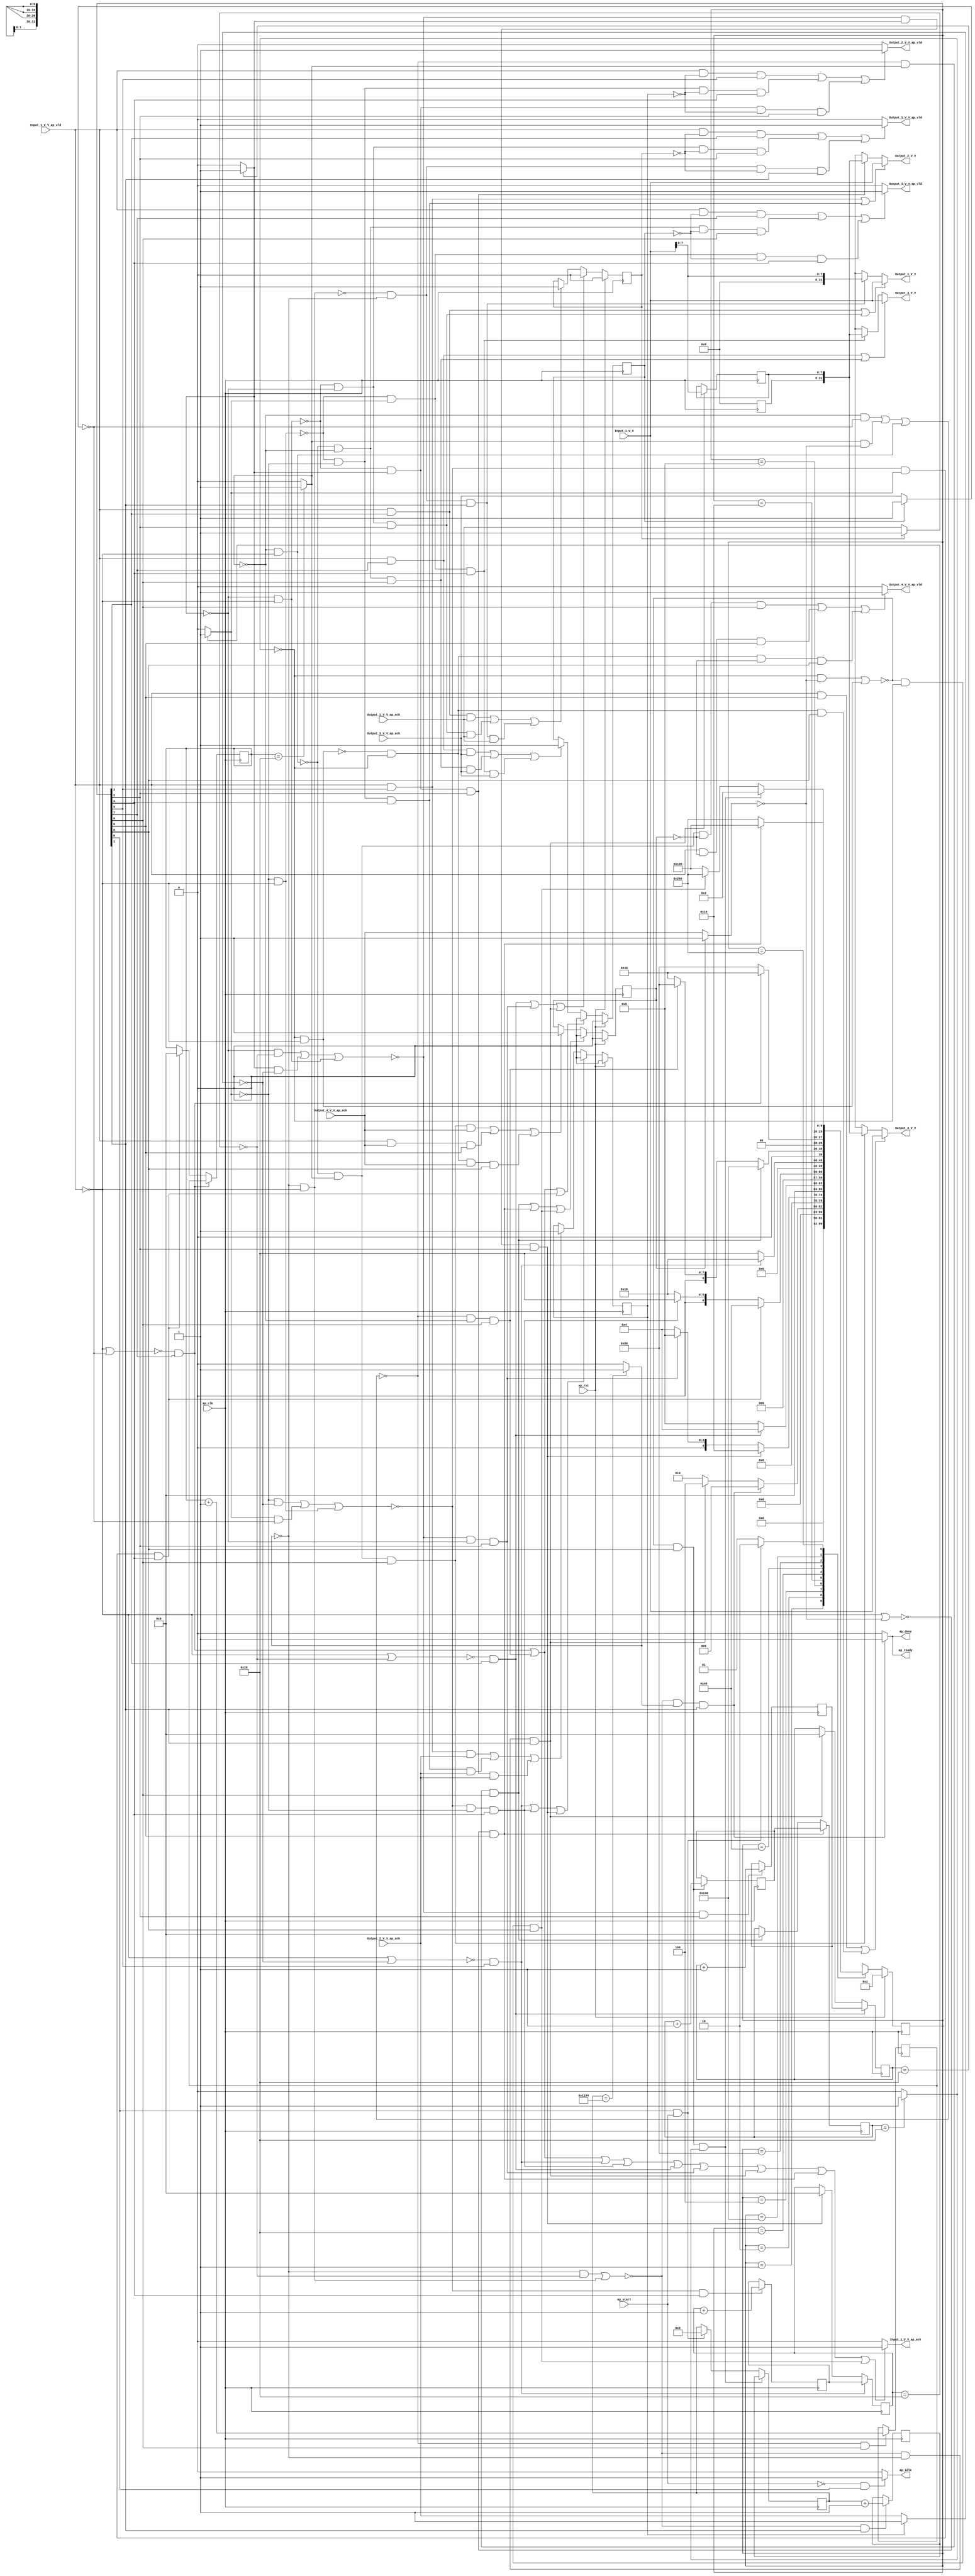
// ==============================================================
// RTL generated by Vivado(TM) HLS - High-Level Synthesis from C, C++ and SystemC
// Version: 2018.2
// Copyright (C) 1986-2018 Xilinx, Inc. All Rights Reserved.
// 
// ===========================================================

`timescale 1 ns / 1 ps 

(* CORE_GENERATION_INFO="data_1_4_2,hls_ip_2018_2,{HLS_INPUT_TYPE=cxx,HLS_INPUT_FLOAT=0,HLS_INPUT_FIXED=1,HLS_INPUT_PART=xczu9eg-ffvb1156-2-i,HLS_INPUT_CLOCK=5.000000,HLS_INPUT_ARCH=others,HLS_SYN_CLOCK=1.007125,HLS_SYN_LAT=1174501,HLS_SYN_TPT=none,HLS_SYN_MEM=0,HLS_SYN_DSP=0,HLS_SYN_FF=96,HLS_SYN_LUT=393,HLS_VERSION=2018_2}" *)

module data_1_4_2 (
        ap_clk,
        ap_rst,
        ap_start,
        ap_done,
        ap_idle,
        ap_ready,
        Input_1_V_V,
        Input_1_V_V_ap_vld,
        Input_1_V_V_ap_ack,
        Output_1_V_V,
        Output_1_V_V_ap_vld,
        Output_1_V_V_ap_ack,
        Output_2_V_V,
        Output_2_V_V_ap_vld,
        Output_2_V_V_ap_ack,
        Output_3_V_V,
        Output_3_V_V_ap_vld,
        Output_3_V_V_ap_ack,
        Output_4_V_V,
        Output_4_V_V_ap_vld,
        Output_4_V_V_ap_ack
);

parameter    ap_ST_fsm_state1 = 10'd1;
parameter    ap_ST_fsm_state2 = 10'd2;
parameter    ap_ST_fsm_state3 = 10'd4;
parameter    ap_ST_fsm_state4 = 10'd8;
parameter    ap_ST_fsm_state5 = 10'd16;
parameter    ap_ST_fsm_state6 = 10'd32;
parameter    ap_ST_fsm_state7 = 10'd64;
parameter    ap_ST_fsm_state8 = 10'd128;
parameter    ap_ST_fsm_state9 = 10'd256;
parameter    ap_ST_fsm_state10 = 10'd512;

input   ap_clk;
input   ap_rst;
input   ap_start;
output   ap_done;
output   ap_idle;
output   ap_ready;
input  [31:0] Input_1_V_V;
input   Input_1_V_V_ap_vld;
output   Input_1_V_V_ap_ack;
output  [31:0] Output_1_V_V;
output   Output_1_V_V_ap_vld;
input   Output_1_V_V_ap_ack;
output  [31:0] Output_2_V_V;
output   Output_2_V_V_ap_vld;
input   Output_2_V_V_ap_ack;
output  [31:0] Output_3_V_V;
output   Output_3_V_V_ap_vld;
input   Output_3_V_V_ap_ack;
output  [31:0] Output_4_V_V;
output   Output_4_V_V_ap_vld;
input   Output_4_V_V_ap_ack;

reg ap_done;
reg ap_idle;
reg ap_ready;
reg Input_1_V_V_ap_ack;
reg[31:0] Output_1_V_V;
reg Output_1_V_V_ap_vld;
reg[31:0] Output_2_V_V;
reg Output_2_V_V_ap_vld;
reg[31:0] Output_3_V_V;
reg Output_3_V_V_ap_vld;
reg[31:0] Output_4_V_V;
reg Output_4_V_V_ap_vld;

(* fsm_encoding = "none" *) reg   [9:0] ap_CS_fsm;
wire    ap_CS_fsm_state1;
reg    Input_1_V_V_blk_n;
wire    ap_CS_fsm_state2;
wire   [0:0] exitcond_fu_155_p2;
wire    ap_CS_fsm_state3;
wire   [0:0] tmp_1_fu_176_p2;
wire    ap_CS_fsm_state4;
wire    ap_CS_fsm_state5;
wire   [0:0] tmp_8_fu_188_p2;
wire    ap_CS_fsm_state6;
wire    ap_CS_fsm_state7;
wire   [0:0] tmp_s_fu_200_p2;
wire    ap_CS_fsm_state8;
wire    ap_CS_fsm_state9;
wire   [0:0] tmp_2_fu_212_p2;
wire    ap_CS_fsm_state10;
reg    Output_1_V_V_blk_n;
reg    Output_2_V_V_blk_n;
reg    Output_3_V_V_blk_n;
reg    Output_4_V_V_blk_n;
wire   [12:0] training_id_1_fu_161_p2;
reg   [12:0] training_id_1_reg_227;
reg    ap_block_state2;
reg    ap_sig_ioackin_Output_1_V_V_ap_ack;
reg    ap_block_state2_io;
wire   [31:0] tmp_V_1_fu_171_p1;
reg   [31:0] tmp_V_1_reg_232;
wire   [5:0] i_1_fu_182_p2;
reg   [5:0] i_1_reg_242;
reg    ap_block_state3;
reg    ap_sig_ioackin_Output_2_V_V_ap_ack;
reg    ap_block_state3_io;
wire   [5:0] i_2_fu_194_p2;
reg   [5:0] i_2_reg_250;
reg    ap_block_state5;
reg    ap_sig_ioackin_Output_3_V_V_ap_ack;
reg    ap_block_state5_io;
wire   [5:0] i_3_fu_206_p2;
reg   [5:0] i_3_reg_258;
reg    ap_block_state7;
reg    ap_sig_ioackin_Output_4_V_V_ap_ack;
reg    ap_block_state7_io;
wire   [5:0] i_4_fu_218_p2;
reg   [5:0] i_4_reg_266;
reg    ap_block_state9;
reg    ap_block_state9_io;
reg   [12:0] training_id_reg_100;
reg   [5:0] i_reg_111;
reg   [5:0] i1_reg_122;
reg   [5:0] i3_reg_133;
reg   [5:0] i5_reg_144;
reg    ap_reg_ioackin_Output_1_V_V_ap_ack;
reg    ap_reg_ioackin_Output_2_V_V_ap_ack;
reg    ap_reg_ioackin_Output_3_V_V_ap_ack;
reg    ap_reg_ioackin_Output_4_V_V_ap_ack;
wire   [7:0] loc_V_fu_167_p1;
reg   [9:0] ap_NS_fsm;

// power-on initialization
initial begin
#0 ap_CS_fsm = 10'd1;
#0 ap_reg_ioackin_Output_1_V_V_ap_ack = 1'b0;
#0 ap_reg_ioackin_Output_2_V_V_ap_ack = 1'b0;
#0 ap_reg_ioackin_Output_3_V_V_ap_ack = 1'b0;
#0 ap_reg_ioackin_Output_4_V_V_ap_ack = 1'b0;
end

always @ (posedge ap_clk) begin
    if (ap_rst == 1'b1) begin
        ap_CS_fsm <= ap_ST_fsm_state1;
    end else begin
        ap_CS_fsm <= ap_NS_fsm;
    end
end

always @ (posedge ap_clk) begin
    if (ap_rst == 1'b1) begin
        ap_reg_ioackin_Output_1_V_V_ap_ack <= 1'b0;
    end else begin
        if (((~((1'b0 == Input_1_V_V_ap_vld) | (ap_sig_ioackin_Output_1_V_V_ap_ack == 1'b0)) & (1'b1 == ap_CS_fsm_state4)) | (~((1'b1 == ap_block_state3_io) | ((tmp_1_fu_176_p2 == 1'd0) & (1'b0 == Input_1_V_V_ap_vld))) & (tmp_1_fu_176_p2 == 1'd0) & (1'b1 == ap_CS_fsm_state3)) | (~((1'b1 == ap_block_state2_io) | ((exitcond_fu_155_p2 == 1'd0) & (1'b0 == Input_1_V_V_ap_vld))) & (exitcond_fu_155_p2 == 1'd0) & (1'b1 == ap_CS_fsm_state2)))) begin
            ap_reg_ioackin_Output_1_V_V_ap_ack <= 1'b0;
        end else if ((((1'b1 == Input_1_V_V_ap_vld) & (1'b1 == ap_CS_fsm_state4) & (1'b1 == Output_1_V_V_ap_ack)) | (~((tmp_1_fu_176_p2 == 1'd0) & (1'b0 == Input_1_V_V_ap_vld)) & (tmp_1_fu_176_p2 == 1'd0) & (1'b1 == ap_CS_fsm_state3) & (1'b1 == Output_1_V_V_ap_ack)) | (~((exitcond_fu_155_p2 == 1'd0) & (1'b0 == Input_1_V_V_ap_vld)) & (exitcond_fu_155_p2 == 1'd0) & (1'b1 == ap_CS_fsm_state2) & (1'b1 == Output_1_V_V_ap_ack)))) begin
            ap_reg_ioackin_Output_1_V_V_ap_ack <= 1'b1;
        end
    end
end

always @ (posedge ap_clk) begin
    if (ap_rst == 1'b1) begin
        ap_reg_ioackin_Output_2_V_V_ap_ack <= 1'b0;
    end else begin
        if (((~((1'b0 == Input_1_V_V_ap_vld) | (ap_sig_ioackin_Output_2_V_V_ap_ack == 1'b0)) & (1'b1 == ap_CS_fsm_state6)) | (~((1'b1 == ap_block_state5_io) | ((tmp_8_fu_188_p2 == 1'd0) & (1'b0 == Input_1_V_V_ap_vld))) & (tmp_8_fu_188_p2 == 1'd0) & (1'b1 == ap_CS_fsm_state5)) | (~((1'b1 == ap_block_state3_io) | ((tmp_1_fu_176_p2 == 1'd0) & (1'b0 == Input_1_V_V_ap_vld))) & (tmp_1_fu_176_p2 == 1'd1) & (1'b1 == ap_CS_fsm_state3)))) begin
            ap_reg_ioackin_Output_2_V_V_ap_ack <= 1'b0;
        end else if ((((1'b1 == Input_1_V_V_ap_vld) & (1'b1 == ap_CS_fsm_state6) & (1'b1 == Output_2_V_V_ap_ack)) | (~((tmp_8_fu_188_p2 == 1'd0) & (1'b0 == Input_1_V_V_ap_vld)) & (tmp_8_fu_188_p2 == 1'd0) & (1'b1 == ap_CS_fsm_state5) & (1'b1 == Output_2_V_V_ap_ack)) | (~((tmp_1_fu_176_p2 == 1'd0) & (1'b0 == Input_1_V_V_ap_vld)) & (tmp_1_fu_176_p2 == 1'd1) & (1'b1 == ap_CS_fsm_state3) & (1'b1 == Output_2_V_V_ap_ack)))) begin
            ap_reg_ioackin_Output_2_V_V_ap_ack <= 1'b1;
        end
    end
end

always @ (posedge ap_clk) begin
    if (ap_rst == 1'b1) begin
        ap_reg_ioackin_Output_3_V_V_ap_ack <= 1'b0;
    end else begin
        if (((~((1'b0 == Input_1_V_V_ap_vld) | (ap_sig_ioackin_Output_3_V_V_ap_ack == 1'b0)) & (1'b1 == ap_CS_fsm_state8)) | (~((1'b1 == ap_block_state7_io) | ((tmp_s_fu_200_p2 == 1'd0) & (1'b0 == Input_1_V_V_ap_vld))) & (tmp_s_fu_200_p2 == 1'd0) & (1'b1 == ap_CS_fsm_state7)) | (~((1'b1 == ap_block_state5_io) | ((tmp_8_fu_188_p2 == 1'd0) & (1'b0 == Input_1_V_V_ap_vld))) & (tmp_8_fu_188_p2 == 1'd1) & (1'b1 == ap_CS_fsm_state5)))) begin
            ap_reg_ioackin_Output_3_V_V_ap_ack <= 1'b0;
        end else if ((((1'b1 == Input_1_V_V_ap_vld) & (1'b1 == ap_CS_fsm_state8) & (1'b1 == Output_3_V_V_ap_ack)) | (~((tmp_s_fu_200_p2 == 1'd0) & (1'b0 == Input_1_V_V_ap_vld)) & (tmp_s_fu_200_p2 == 1'd0) & (1'b1 == ap_CS_fsm_state7) & (1'b1 == Output_3_V_V_ap_ack)) | (~((tmp_8_fu_188_p2 == 1'd0) & (1'b0 == Input_1_V_V_ap_vld)) & (tmp_8_fu_188_p2 == 1'd1) & (1'b1 == ap_CS_fsm_state5) & (1'b1 == Output_3_V_V_ap_ack)))) begin
            ap_reg_ioackin_Output_3_V_V_ap_ack <= 1'b1;
        end
    end
end

always @ (posedge ap_clk) begin
    if (ap_rst == 1'b1) begin
        ap_reg_ioackin_Output_4_V_V_ap_ack <= 1'b0;
    end else begin
        if (((~((1'b1 == ap_block_state7_io) | ((tmp_s_fu_200_p2 == 1'd0) & (1'b0 == Input_1_V_V_ap_vld))) & (tmp_s_fu_200_p2 == 1'd1) & (1'b1 == ap_CS_fsm_state7)) | (~((1'b0 == Input_1_V_V_ap_vld) | (ap_sig_ioackin_Output_4_V_V_ap_ack == 1'b0)) & (1'b1 == ap_CS_fsm_state10)) | (~((1'b1 == ap_block_state9_io) | ((tmp_2_fu_212_p2 == 1'd0) & (1'b0 == Input_1_V_V_ap_vld))) & (tmp_2_fu_212_p2 == 1'd0) & (1'b1 == ap_CS_fsm_state9)))) begin
            ap_reg_ioackin_Output_4_V_V_ap_ack <= 1'b0;
        end else if (((~((tmp_s_fu_200_p2 == 1'd0) & (1'b0 == Input_1_V_V_ap_vld)) & (tmp_s_fu_200_p2 == 1'd1) & (1'b1 == ap_CS_fsm_state7) & (1'b1 == Output_4_V_V_ap_ack)) | ((1'b1 == Input_1_V_V_ap_vld) & (1'b1 == Output_4_V_V_ap_ack) & (1'b1 == ap_CS_fsm_state10)) | (~((tmp_2_fu_212_p2 == 1'd0) & (1'b0 == Input_1_V_V_ap_vld)) & (tmp_2_fu_212_p2 == 1'd0) & (1'b1 == Output_4_V_V_ap_ack) & (1'b1 == ap_CS_fsm_state9)))) begin
            ap_reg_ioackin_Output_4_V_V_ap_ack <= 1'b1;
        end
    end
end

always @ (posedge ap_clk) begin
    if ((~((1'b0 == Input_1_V_V_ap_vld) | (ap_sig_ioackin_Output_2_V_V_ap_ack == 1'b0)) & (1'b1 == ap_CS_fsm_state6))) begin
        i1_reg_122 <= i_2_reg_250;
    end else if ((~((1'b1 == ap_block_state3_io) | ((tmp_1_fu_176_p2 == 1'd0) & (1'b0 == Input_1_V_V_ap_vld))) & (tmp_1_fu_176_p2 == 1'd1) & (1'b1 == ap_CS_fsm_state3))) begin
        i1_reg_122 <= 6'd0;
    end
end

always @ (posedge ap_clk) begin
    if ((~((1'b0 == Input_1_V_V_ap_vld) | (ap_sig_ioackin_Output_3_V_V_ap_ack == 1'b0)) & (1'b1 == ap_CS_fsm_state8))) begin
        i3_reg_133 <= i_3_reg_258;
    end else if ((~((1'b1 == ap_block_state5_io) | ((tmp_8_fu_188_p2 == 1'd0) & (1'b0 == Input_1_V_V_ap_vld))) & (tmp_8_fu_188_p2 == 1'd1) & (1'b1 == ap_CS_fsm_state5))) begin
        i3_reg_133 <= 6'd0;
    end
end

always @ (posedge ap_clk) begin
    if ((~((1'b0 == Input_1_V_V_ap_vld) | (ap_sig_ioackin_Output_4_V_V_ap_ack == 1'b0)) & (1'b1 == ap_CS_fsm_state10))) begin
        i5_reg_144 <= i_4_reg_266;
    end else if ((~((1'b1 == ap_block_state7_io) | ((tmp_s_fu_200_p2 == 1'd0) & (1'b0 == Input_1_V_V_ap_vld))) & (tmp_s_fu_200_p2 == 1'd1) & (1'b1 == ap_CS_fsm_state7))) begin
        i5_reg_144 <= 6'd0;
    end
end

always @ (posedge ap_clk) begin
    if ((~((1'b0 == Input_1_V_V_ap_vld) | (ap_sig_ioackin_Output_1_V_V_ap_ack == 1'b0)) & (1'b1 == ap_CS_fsm_state4))) begin
        i_reg_111 <= i_1_reg_242;
    end else if ((~((1'b1 == ap_block_state2_io) | ((exitcond_fu_155_p2 == 1'd0) & (1'b0 == Input_1_V_V_ap_vld))) & (exitcond_fu_155_p2 == 1'd0) & (1'b1 == ap_CS_fsm_state2))) begin
        i_reg_111 <= 6'd0;
    end
end

always @ (posedge ap_clk) begin
    if ((~((1'b1 == ap_block_state9_io) | ((tmp_2_fu_212_p2 == 1'd0) & (1'b0 == Input_1_V_V_ap_vld))) & (1'b1 == ap_CS_fsm_state9) & (tmp_2_fu_212_p2 == 1'd1))) begin
        training_id_reg_100 <= training_id_1_reg_227;
    end else if (((1'b1 == ap_CS_fsm_state1) & (ap_start == 1'b1))) begin
        training_id_reg_100 <= 13'd0;
    end
end

always @ (posedge ap_clk) begin
    if ((~((1'b1 == ap_block_state3_io) | ((tmp_1_fu_176_p2 == 1'd0) & (1'b0 == Input_1_V_V_ap_vld))) & (1'b1 == ap_CS_fsm_state3))) begin
        i_1_reg_242 <= i_1_fu_182_p2;
    end
end

always @ (posedge ap_clk) begin
    if ((~((1'b1 == ap_block_state5_io) | ((tmp_8_fu_188_p2 == 1'd0) & (1'b0 == Input_1_V_V_ap_vld))) & (1'b1 == ap_CS_fsm_state5))) begin
        i_2_reg_250 <= i_2_fu_194_p2;
    end
end

always @ (posedge ap_clk) begin
    if ((~((1'b1 == ap_block_state7_io) | ((tmp_s_fu_200_p2 == 1'd0) & (1'b0 == Input_1_V_V_ap_vld))) & (1'b1 == ap_CS_fsm_state7))) begin
        i_3_reg_258 <= i_3_fu_206_p2;
    end
end

always @ (posedge ap_clk) begin
    if ((~((1'b1 == ap_block_state9_io) | ((tmp_2_fu_212_p2 == 1'd0) & (1'b0 == Input_1_V_V_ap_vld))) & (1'b1 == ap_CS_fsm_state9))) begin
        i_4_reg_266 <= i_4_fu_218_p2;
    end
end

always @ (posedge ap_clk) begin
    if ((~((1'b1 == ap_block_state2_io) | ((exitcond_fu_155_p2 == 1'd0) & (1'b0 == Input_1_V_V_ap_vld))) & (exitcond_fu_155_p2 == 1'd0) & (1'b1 == ap_CS_fsm_state2))) begin
        tmp_V_1_reg_232[7 : 0] <= tmp_V_1_fu_171_p1[7 : 0];
    end
end

always @ (posedge ap_clk) begin
    if ((~((1'b1 == ap_block_state2_io) | ((exitcond_fu_155_p2 == 1'd0) & (1'b0 == Input_1_V_V_ap_vld))) & (1'b1 == ap_CS_fsm_state2))) begin
        training_id_1_reg_227 <= training_id_1_fu_161_p2;
    end
end

always @ (*) begin
    if (((~((1'b0 == Input_1_V_V_ap_vld) | (ap_sig_ioackin_Output_3_V_V_ap_ack == 1'b0)) & (1'b1 == ap_CS_fsm_state8)) | (~((1'b1 == ap_block_state7_io) | ((tmp_s_fu_200_p2 == 1'd0) & (1'b0 == Input_1_V_V_ap_vld))) & (tmp_s_fu_200_p2 == 1'd0) & (1'b1 == ap_CS_fsm_state7)) | (~((1'b0 == Input_1_V_V_ap_vld) | (ap_sig_ioackin_Output_2_V_V_ap_ack == 1'b0)) & (1'b1 == ap_CS_fsm_state6)) | (~((1'b1 == ap_block_state5_io) | ((tmp_8_fu_188_p2 == 1'd0) & (1'b0 == Input_1_V_V_ap_vld))) & (tmp_8_fu_188_p2 == 1'd0) & (1'b1 == ap_CS_fsm_state5)) | (~((1'b0 == Input_1_V_V_ap_vld) | (ap_sig_ioackin_Output_1_V_V_ap_ack == 1'b0)) & (1'b1 == ap_CS_fsm_state4)) | (~((1'b1 == ap_block_state3_io) | ((tmp_1_fu_176_p2 == 1'd0) & (1'b0 == Input_1_V_V_ap_vld))) & (tmp_1_fu_176_p2 == 1'd0) & (1'b1 == ap_CS_fsm_state3)) | (~((1'b1 == ap_block_state2_io) | ((exitcond_fu_155_p2 == 1'd0) & (1'b0 == Input_1_V_V_ap_vld))) & (exitcond_fu_155_p2 == 1'd0) & (1'b1 == ap_CS_fsm_state2)) | (~((1'b0 == Input_1_V_V_ap_vld) | (ap_sig_ioackin_Output_4_V_V_ap_ack == 1'b0)) & (1'b1 == ap_CS_fsm_state10)) | (~((1'b1 == ap_block_state9_io) | ((tmp_2_fu_212_p2 == 1'd0) & (1'b0 == Input_1_V_V_ap_vld))) & (tmp_2_fu_212_p2 == 1'd0) & (1'b1 == ap_CS_fsm_state9)))) begin
        Input_1_V_V_ap_ack = 1'b1;
    end else begin
        Input_1_V_V_ap_ack = 1'b0;
    end
end

always @ (*) begin
    if (((1'b1 == ap_CS_fsm_state8) | (1'b1 == ap_CS_fsm_state6) | (1'b1 == ap_CS_fsm_state4) | (1'b1 == ap_CS_fsm_state10) | ((tmp_s_fu_200_p2 == 1'd0) & (1'b1 == ap_CS_fsm_state7)) | ((tmp_8_fu_188_p2 == 1'd0) & (1'b1 == ap_CS_fsm_state5)) | ((tmp_1_fu_176_p2 == 1'd0) & (1'b1 == ap_CS_fsm_state3)) | ((exitcond_fu_155_p2 == 1'd0) & (1'b1 == ap_CS_fsm_state2)) | ((tmp_2_fu_212_p2 == 1'd0) & (1'b1 == ap_CS_fsm_state9)))) begin
        Input_1_V_V_blk_n = Input_1_V_V_ap_vld;
    end else begin
        Input_1_V_V_blk_n = 1'b1;
    end
end

always @ (*) begin
    if ((((1'b1 == Input_1_V_V_ap_vld) & (1'b1 == ap_CS_fsm_state4)) | (~((tmp_1_fu_176_p2 == 1'd0) & (1'b0 == Input_1_V_V_ap_vld)) & (tmp_1_fu_176_p2 == 1'd0) & (1'b1 == ap_CS_fsm_state3)))) begin
        Output_1_V_V = Input_1_V_V;
    end else if ((~((exitcond_fu_155_p2 == 1'd0) & (1'b0 == Input_1_V_V_ap_vld)) & (exitcond_fu_155_p2 == 1'd0) & (1'b1 == ap_CS_fsm_state2))) begin
        Output_1_V_V = tmp_V_1_fu_171_p1;
    end else begin
        Output_1_V_V = 'bx;
    end
end

always @ (*) begin
    if ((((1'b1 == Input_1_V_V_ap_vld) & (ap_reg_ioackin_Output_1_V_V_ap_ack == 1'b0) & (1'b1 == ap_CS_fsm_state4)) | (~((tmp_1_fu_176_p2 == 1'd0) & (1'b0 == Input_1_V_V_ap_vld)) & (tmp_1_fu_176_p2 == 1'd0) & (ap_reg_ioackin_Output_1_V_V_ap_ack == 1'b0) & (1'b1 == ap_CS_fsm_state3)) | (~((exitcond_fu_155_p2 == 1'd0) & (1'b0 == Input_1_V_V_ap_vld)) & (exitcond_fu_155_p2 == 1'd0) & (ap_reg_ioackin_Output_1_V_V_ap_ack == 1'b0) & (1'b1 == ap_CS_fsm_state2)))) begin
        Output_1_V_V_ap_vld = 1'b1;
    end else begin
        Output_1_V_V_ap_vld = 1'b0;
    end
end

always @ (*) begin
    if (((1'b1 == ap_CS_fsm_state4) | ((tmp_1_fu_176_p2 == 1'd0) & (1'b1 == ap_CS_fsm_state3)) | ((exitcond_fu_155_p2 == 1'd0) & (1'b1 == ap_CS_fsm_state2)))) begin
        Output_1_V_V_blk_n = Output_1_V_V_ap_ack;
    end else begin
        Output_1_V_V_blk_n = 1'b1;
    end
end

always @ (*) begin
    if ((((1'b1 == Input_1_V_V_ap_vld) & (1'b1 == ap_CS_fsm_state6)) | (~((tmp_8_fu_188_p2 == 1'd0) & (1'b0 == Input_1_V_V_ap_vld)) & (tmp_8_fu_188_p2 == 1'd0) & (1'b1 == ap_CS_fsm_state5)))) begin
        Output_2_V_V = Input_1_V_V;
    end else if ((~((tmp_1_fu_176_p2 == 1'd0) & (1'b0 == Input_1_V_V_ap_vld)) & (tmp_1_fu_176_p2 == 1'd1) & (1'b1 == ap_CS_fsm_state3))) begin
        Output_2_V_V = tmp_V_1_reg_232;
    end else begin
        Output_2_V_V = 'bx;
    end
end

always @ (*) begin
    if ((((1'b1 == Input_1_V_V_ap_vld) & (ap_reg_ioackin_Output_2_V_V_ap_ack == 1'b0) & (1'b1 == ap_CS_fsm_state6)) | (~((tmp_8_fu_188_p2 == 1'd0) & (1'b0 == Input_1_V_V_ap_vld)) & (tmp_8_fu_188_p2 == 1'd0) & (ap_reg_ioackin_Output_2_V_V_ap_ack == 1'b0) & (1'b1 == ap_CS_fsm_state5)) | (~((tmp_1_fu_176_p2 == 1'd0) & (1'b0 == Input_1_V_V_ap_vld)) & (tmp_1_fu_176_p2 == 1'd1) & (ap_reg_ioackin_Output_2_V_V_ap_ack == 1'b0) & (1'b1 == ap_CS_fsm_state3)))) begin
        Output_2_V_V_ap_vld = 1'b1;
    end else begin
        Output_2_V_V_ap_vld = 1'b0;
    end
end

always @ (*) begin
    if (((1'b1 == ap_CS_fsm_state6) | ((tmp_8_fu_188_p2 == 1'd0) & (1'b1 == ap_CS_fsm_state5)) | ((tmp_1_fu_176_p2 == 1'd1) & (1'b1 == ap_CS_fsm_state3)))) begin
        Output_2_V_V_blk_n = Output_2_V_V_ap_ack;
    end else begin
        Output_2_V_V_blk_n = 1'b1;
    end
end

always @ (*) begin
    if ((((1'b1 == Input_1_V_V_ap_vld) & (1'b1 == ap_CS_fsm_state8)) | (~((tmp_s_fu_200_p2 == 1'd0) & (1'b0 == Input_1_V_V_ap_vld)) & (tmp_s_fu_200_p2 == 1'd0) & (1'b1 == ap_CS_fsm_state7)))) begin
        Output_3_V_V = Input_1_V_V;
    end else if ((~((tmp_8_fu_188_p2 == 1'd0) & (1'b0 == Input_1_V_V_ap_vld)) & (tmp_8_fu_188_p2 == 1'd1) & (1'b1 == ap_CS_fsm_state5))) begin
        Output_3_V_V = tmp_V_1_reg_232;
    end else begin
        Output_3_V_V = 'bx;
    end
end

always @ (*) begin
    if ((((1'b1 == Input_1_V_V_ap_vld) & (ap_reg_ioackin_Output_3_V_V_ap_ack == 1'b0) & (1'b1 == ap_CS_fsm_state8)) | (~((tmp_s_fu_200_p2 == 1'd0) & (1'b0 == Input_1_V_V_ap_vld)) & (tmp_s_fu_200_p2 == 1'd0) & (ap_reg_ioackin_Output_3_V_V_ap_ack == 1'b0) & (1'b1 == ap_CS_fsm_state7)) | (~((tmp_8_fu_188_p2 == 1'd0) & (1'b0 == Input_1_V_V_ap_vld)) & (tmp_8_fu_188_p2 == 1'd1) & (ap_reg_ioackin_Output_3_V_V_ap_ack == 1'b0) & (1'b1 == ap_CS_fsm_state5)))) begin
        Output_3_V_V_ap_vld = 1'b1;
    end else begin
        Output_3_V_V_ap_vld = 1'b0;
    end
end

always @ (*) begin
    if (((1'b1 == ap_CS_fsm_state8) | ((tmp_s_fu_200_p2 == 1'd0) & (1'b1 == ap_CS_fsm_state7)) | ((tmp_8_fu_188_p2 == 1'd1) & (1'b1 == ap_CS_fsm_state5)))) begin
        Output_3_V_V_blk_n = Output_3_V_V_ap_ack;
    end else begin
        Output_3_V_V_blk_n = 1'b1;
    end
end

always @ (*) begin
    if ((((1'b1 == Input_1_V_V_ap_vld) & (1'b1 == ap_CS_fsm_state10)) | (~((tmp_2_fu_212_p2 == 1'd0) & (1'b0 == Input_1_V_V_ap_vld)) & (tmp_2_fu_212_p2 == 1'd0) & (1'b1 == ap_CS_fsm_state9)))) begin
        Output_4_V_V = Input_1_V_V;
    end else if ((~((tmp_s_fu_200_p2 == 1'd0) & (1'b0 == Input_1_V_V_ap_vld)) & (tmp_s_fu_200_p2 == 1'd1) & (1'b1 == ap_CS_fsm_state7))) begin
        Output_4_V_V = tmp_V_1_reg_232;
    end else begin
        Output_4_V_V = 'bx;
    end
end

always @ (*) begin
    if (((~((tmp_s_fu_200_p2 == 1'd0) & (1'b0 == Input_1_V_V_ap_vld)) & (tmp_s_fu_200_p2 == 1'd1) & (ap_reg_ioackin_Output_4_V_V_ap_ack == 1'b0) & (1'b1 == ap_CS_fsm_state7)) | ((1'b1 == Input_1_V_V_ap_vld) & (ap_reg_ioackin_Output_4_V_V_ap_ack == 1'b0) & (1'b1 == ap_CS_fsm_state10)) | (~((tmp_2_fu_212_p2 == 1'd0) & (1'b0 == Input_1_V_V_ap_vld)) & (tmp_2_fu_212_p2 == 1'd0) & (ap_reg_ioackin_Output_4_V_V_ap_ack == 1'b0) & (1'b1 == ap_CS_fsm_state9)))) begin
        Output_4_V_V_ap_vld = 1'b1;
    end else begin
        Output_4_V_V_ap_vld = 1'b0;
    end
end

always @ (*) begin
    if (((1'b1 == ap_CS_fsm_state10) | ((tmp_s_fu_200_p2 == 1'd1) & (1'b1 == ap_CS_fsm_state7)) | ((tmp_2_fu_212_p2 == 1'd0) & (1'b1 == ap_CS_fsm_state9)))) begin
        Output_4_V_V_blk_n = Output_4_V_V_ap_ack;
    end else begin
        Output_4_V_V_blk_n = 1'b1;
    end
end

always @ (*) begin
    if ((~((1'b1 == ap_block_state2_io) | ((exitcond_fu_155_p2 == 1'd0) & (1'b0 == Input_1_V_V_ap_vld))) & (exitcond_fu_155_p2 == 1'd1) & (1'b1 == ap_CS_fsm_state2))) begin
        ap_done = 1'b1;
    end else begin
        ap_done = 1'b0;
    end
end

always @ (*) begin
    if (((ap_start == 1'b0) & (1'b1 == ap_CS_fsm_state1))) begin
        ap_idle = 1'b1;
    end else begin
        ap_idle = 1'b0;
    end
end

always @ (*) begin
    if ((~((1'b1 == ap_block_state2_io) | ((exitcond_fu_155_p2 == 1'd0) & (1'b0 == Input_1_V_V_ap_vld))) & (exitcond_fu_155_p2 == 1'd1) & (1'b1 == ap_CS_fsm_state2))) begin
        ap_ready = 1'b1;
    end else begin
        ap_ready = 1'b0;
    end
end

always @ (*) begin
    if ((ap_reg_ioackin_Output_1_V_V_ap_ack == 1'b0)) begin
        ap_sig_ioackin_Output_1_V_V_ap_ack = Output_1_V_V_ap_ack;
    end else begin
        ap_sig_ioackin_Output_1_V_V_ap_ack = 1'b1;
    end
end

always @ (*) begin
    if ((ap_reg_ioackin_Output_2_V_V_ap_ack == 1'b0)) begin
        ap_sig_ioackin_Output_2_V_V_ap_ack = Output_2_V_V_ap_ack;
    end else begin
        ap_sig_ioackin_Output_2_V_V_ap_ack = 1'b1;
    end
end

always @ (*) begin
    if ((ap_reg_ioackin_Output_3_V_V_ap_ack == 1'b0)) begin
        ap_sig_ioackin_Output_3_V_V_ap_ack = Output_3_V_V_ap_ack;
    end else begin
        ap_sig_ioackin_Output_3_V_V_ap_ack = 1'b1;
    end
end

always @ (*) begin
    if ((ap_reg_ioackin_Output_4_V_V_ap_ack == 1'b0)) begin
        ap_sig_ioackin_Output_4_V_V_ap_ack = Output_4_V_V_ap_ack;
    end else begin
        ap_sig_ioackin_Output_4_V_V_ap_ack = 1'b1;
    end
end

always @ (*) begin
    case (ap_CS_fsm)
        ap_ST_fsm_state1 : begin
            if (((1'b1 == ap_CS_fsm_state1) & (ap_start == 1'b1))) begin
                ap_NS_fsm = ap_ST_fsm_state2;
            end else begin
                ap_NS_fsm = ap_ST_fsm_state1;
            end
        end
        ap_ST_fsm_state2 : begin
            if ((~((1'b1 == ap_block_state2_io) | ((exitcond_fu_155_p2 == 1'd0) & (1'b0 == Input_1_V_V_ap_vld))) & (exitcond_fu_155_p2 == 1'd1) & (1'b1 == ap_CS_fsm_state2))) begin
                ap_NS_fsm = ap_ST_fsm_state1;
            end else if ((~((1'b1 == ap_block_state2_io) | ((exitcond_fu_155_p2 == 1'd0) & (1'b0 == Input_1_V_V_ap_vld))) & (exitcond_fu_155_p2 == 1'd0) & (1'b1 == ap_CS_fsm_state2))) begin
                ap_NS_fsm = ap_ST_fsm_state3;
            end else begin
                ap_NS_fsm = ap_ST_fsm_state2;
            end
        end
        ap_ST_fsm_state3 : begin
            if ((~((1'b1 == ap_block_state3_io) | ((tmp_1_fu_176_p2 == 1'd0) & (1'b0 == Input_1_V_V_ap_vld))) & (tmp_1_fu_176_p2 == 1'd1) & (1'b1 == ap_CS_fsm_state3))) begin
                ap_NS_fsm = ap_ST_fsm_state5;
            end else if ((~((1'b1 == ap_block_state3_io) | ((tmp_1_fu_176_p2 == 1'd0) & (1'b0 == Input_1_V_V_ap_vld))) & (tmp_1_fu_176_p2 == 1'd0) & (1'b1 == ap_CS_fsm_state3))) begin
                ap_NS_fsm = ap_ST_fsm_state4;
            end else begin
                ap_NS_fsm = ap_ST_fsm_state3;
            end
        end
        ap_ST_fsm_state4 : begin
            if ((~((1'b0 == Input_1_V_V_ap_vld) | (ap_sig_ioackin_Output_1_V_V_ap_ack == 1'b0)) & (1'b1 == ap_CS_fsm_state4))) begin
                ap_NS_fsm = ap_ST_fsm_state3;
            end else begin
                ap_NS_fsm = ap_ST_fsm_state4;
            end
        end
        ap_ST_fsm_state5 : begin
            if ((~((1'b1 == ap_block_state5_io) | ((tmp_8_fu_188_p2 == 1'd0) & (1'b0 == Input_1_V_V_ap_vld))) & (tmp_8_fu_188_p2 == 1'd1) & (1'b1 == ap_CS_fsm_state5))) begin
                ap_NS_fsm = ap_ST_fsm_state7;
            end else if ((~((1'b1 == ap_block_state5_io) | ((tmp_8_fu_188_p2 == 1'd0) & (1'b0 == Input_1_V_V_ap_vld))) & (tmp_8_fu_188_p2 == 1'd0) & (1'b1 == ap_CS_fsm_state5))) begin
                ap_NS_fsm = ap_ST_fsm_state6;
            end else begin
                ap_NS_fsm = ap_ST_fsm_state5;
            end
        end
        ap_ST_fsm_state6 : begin
            if ((~((1'b0 == Input_1_V_V_ap_vld) | (ap_sig_ioackin_Output_2_V_V_ap_ack == 1'b0)) & (1'b1 == ap_CS_fsm_state6))) begin
                ap_NS_fsm = ap_ST_fsm_state5;
            end else begin
                ap_NS_fsm = ap_ST_fsm_state6;
            end
        end
        ap_ST_fsm_state7 : begin
            if ((~((1'b1 == ap_block_state7_io) | ((tmp_s_fu_200_p2 == 1'd0) & (1'b0 == Input_1_V_V_ap_vld))) & (tmp_s_fu_200_p2 == 1'd1) & (1'b1 == ap_CS_fsm_state7))) begin
                ap_NS_fsm = ap_ST_fsm_state9;
            end else if ((~((1'b1 == ap_block_state7_io) | ((tmp_s_fu_200_p2 == 1'd0) & (1'b0 == Input_1_V_V_ap_vld))) & (tmp_s_fu_200_p2 == 1'd0) & (1'b1 == ap_CS_fsm_state7))) begin
                ap_NS_fsm = ap_ST_fsm_state8;
            end else begin
                ap_NS_fsm = ap_ST_fsm_state7;
            end
        end
        ap_ST_fsm_state8 : begin
            if ((~((1'b0 == Input_1_V_V_ap_vld) | (ap_sig_ioackin_Output_3_V_V_ap_ack == 1'b0)) & (1'b1 == ap_CS_fsm_state8))) begin
                ap_NS_fsm = ap_ST_fsm_state7;
            end else begin
                ap_NS_fsm = ap_ST_fsm_state8;
            end
        end
        ap_ST_fsm_state9 : begin
            if ((~((1'b1 == ap_block_state9_io) | ((tmp_2_fu_212_p2 == 1'd0) & (1'b0 == Input_1_V_V_ap_vld))) & (1'b1 == ap_CS_fsm_state9) & (tmp_2_fu_212_p2 == 1'd1))) begin
                ap_NS_fsm = ap_ST_fsm_state2;
            end else if ((~((1'b1 == ap_block_state9_io) | ((tmp_2_fu_212_p2 == 1'd0) & (1'b0 == Input_1_V_V_ap_vld))) & (tmp_2_fu_212_p2 == 1'd0) & (1'b1 == ap_CS_fsm_state9))) begin
                ap_NS_fsm = ap_ST_fsm_state10;
            end else begin
                ap_NS_fsm = ap_ST_fsm_state9;
            end
        end
        ap_ST_fsm_state10 : begin
            if ((~((1'b0 == Input_1_V_V_ap_vld) | (ap_sig_ioackin_Output_4_V_V_ap_ack == 1'b0)) & (1'b1 == ap_CS_fsm_state10))) begin
                ap_NS_fsm = ap_ST_fsm_state9;
            end else begin
                ap_NS_fsm = ap_ST_fsm_state10;
            end
        end
        default : begin
            ap_NS_fsm = 'bx;
        end
    endcase
end

assign ap_CS_fsm_state1 = ap_CS_fsm[32'd0];

assign ap_CS_fsm_state10 = ap_CS_fsm[32'd9];

assign ap_CS_fsm_state2 = ap_CS_fsm[32'd1];

assign ap_CS_fsm_state3 = ap_CS_fsm[32'd2];

assign ap_CS_fsm_state4 = ap_CS_fsm[32'd3];

assign ap_CS_fsm_state5 = ap_CS_fsm[32'd4];

assign ap_CS_fsm_state6 = ap_CS_fsm[32'd5];

assign ap_CS_fsm_state7 = ap_CS_fsm[32'd6];

assign ap_CS_fsm_state8 = ap_CS_fsm[32'd7];

assign ap_CS_fsm_state9 = ap_CS_fsm[32'd8];

always @ (*) begin
    ap_block_state2 = ((exitcond_fu_155_p2 == 1'd0) & (1'b0 == Input_1_V_V_ap_vld));
end

always @ (*) begin
    ap_block_state2_io = ((exitcond_fu_155_p2 == 1'd0) & (ap_sig_ioackin_Output_1_V_V_ap_ack == 1'b0));
end

always @ (*) begin
    ap_block_state3 = ((tmp_1_fu_176_p2 == 1'd0) & (1'b0 == Input_1_V_V_ap_vld));
end

always @ (*) begin
    ap_block_state3_io = (((tmp_1_fu_176_p2 == 1'd0) & (ap_sig_ioackin_Output_1_V_V_ap_ack == 1'b0)) | ((tmp_1_fu_176_p2 == 1'd1) & (ap_sig_ioackin_Output_2_V_V_ap_ack == 1'b0)));
end

always @ (*) begin
    ap_block_state5 = ((tmp_8_fu_188_p2 == 1'd0) & (1'b0 == Input_1_V_V_ap_vld));
end

always @ (*) begin
    ap_block_state5_io = (((tmp_8_fu_188_p2 == 1'd0) & (ap_sig_ioackin_Output_2_V_V_ap_ack == 1'b0)) | ((tmp_8_fu_188_p2 == 1'd1) & (ap_sig_ioackin_Output_3_V_V_ap_ack == 1'b0)));
end

always @ (*) begin
    ap_block_state7 = ((tmp_s_fu_200_p2 == 1'd0) & (1'b0 == Input_1_V_V_ap_vld));
end

always @ (*) begin
    ap_block_state7_io = (((tmp_s_fu_200_p2 == 1'd0) & (ap_sig_ioackin_Output_3_V_V_ap_ack == 1'b0)) | ((tmp_s_fu_200_p2 == 1'd1) & (ap_sig_ioackin_Output_4_V_V_ap_ack == 1'b0)));
end

always @ (*) begin
    ap_block_state9 = ((tmp_2_fu_212_p2 == 1'd0) & (1'b0 == Input_1_V_V_ap_vld));
end

always @ (*) begin
    ap_block_state9_io = ((tmp_2_fu_212_p2 == 1'd0) & (ap_sig_ioackin_Output_4_V_V_ap_ack == 1'b0));
end

assign exitcond_fu_155_p2 = ((training_id_reg_100 == 13'd4500) ? 1'b1 : 1'b0);

assign i_1_fu_182_p2 = (i_reg_111 + 6'd1);

assign i_2_fu_194_p2 = (i1_reg_122 + 6'd1);

assign i_3_fu_206_p2 = (i3_reg_133 + 6'd1);

assign i_4_fu_218_p2 = (i5_reg_144 + 6'd1);

assign loc_V_fu_167_p1 = Input_1_V_V[7:0];

assign tmp_1_fu_176_p2 = ((i_reg_111 == 6'd32) ? 1'b1 : 1'b0);

assign tmp_2_fu_212_p2 = ((i5_reg_144 == 6'd32) ? 1'b1 : 1'b0);

assign tmp_8_fu_188_p2 = ((i1_reg_122 == 6'd32) ? 1'b1 : 1'b0);

assign tmp_V_1_fu_171_p1 = loc_V_fu_167_p1;

assign tmp_s_fu_200_p2 = ((i3_reg_133 == 6'd32) ? 1'b1 : 1'b0);

assign training_id_1_fu_161_p2 = (training_id_reg_100 + 13'd1);

always @ (posedge ap_clk) begin
    tmp_V_1_reg_232[31:8] <= 24'b000000000000000000000000;
end

endmodule //data_1_4_2